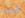
أقدم